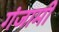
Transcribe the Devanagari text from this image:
गंजामी